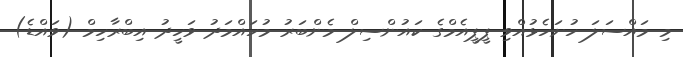
މި މައްސަލަ ހުށަހެޅުއްވި ޕީޕީއެމްގެ ކައުންސިލް މެންބަރު މުހައްމަދު ވަހީދު އިބްރާހިމް (ވައްޑެ)